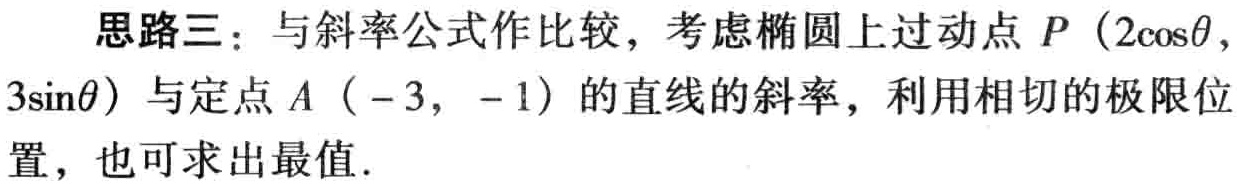
思路三：与斜率公式作比较，考虑椭圆上过动点 \(P\ (2\cos\theta,3\sin\theta)\) 与定点 \(A\ (-3,\ -1)\) 的直线的斜率，利用相切的极限位置，也可求出最值.